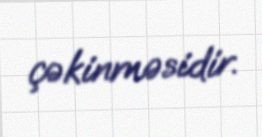
çəkinməsidir.